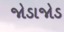
જોડાજોડ